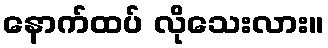
နောက်ထပ် လိုသေးလား။